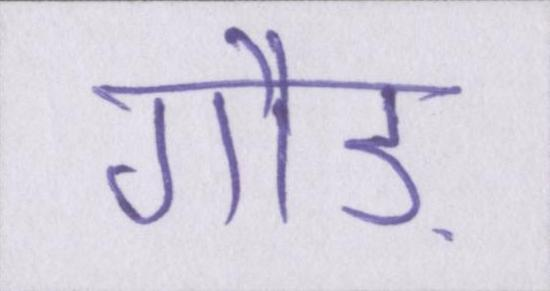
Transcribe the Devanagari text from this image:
गौड़